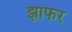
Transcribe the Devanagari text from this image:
झाफर